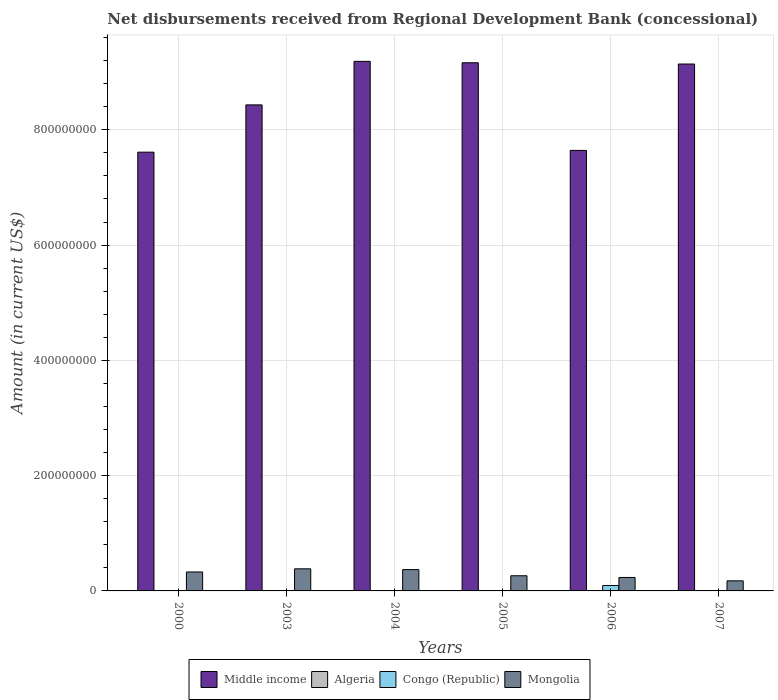
| Years | Middle income | Algeria | Congo (Republic) | Mongolia |
 | --- | --- | --- | --- | --- |
 | 2000 | 7.61e+08 | 3.3e+05 | -3.62e+05 | 3.29e+07 |
 | 2003 | 8.43e+08 | -4e+03 | -1.71e+05 | 3.83e+07 |
 | 2004 | 9.19e+08 | -4e+03 | -6.88e+05 | 3.7e+07 |
 | 2005 | 9.16e+08 | -4e+03 | -3.83e+05 | 2.63e+07 |
 | 2006 | 7.64e+08 | -4e+03 | 9.36e+06 | 2.33e+07 |
 | 2007 | 9.14e+08 | -5e+03 | -3.68e+05 | 1.75e+07 |